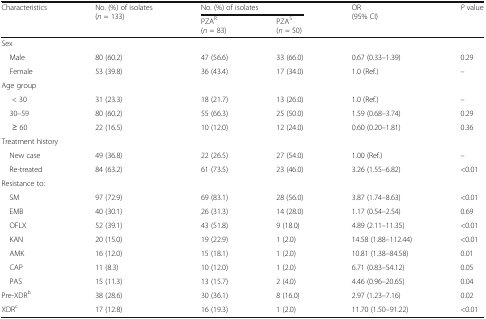
<table><thead><tr><td rowspan="2"><b>Characteristics</b></td><td rowspan="2"><b>No. (%) of isolates(<i>n</i> = 133)</b></td><td colspan="2"><b>No. (%) of isolates</b></td><td rowspan="2"><b>OR(95% CI)</b></td><td rowspan="2"><b><i>P</i> value</b></td></tr><tr><td><b>PZA<sup>R</sup>(<i>n</i> = 83)</b></td><td><b>PZA<sup>S</sup>(<i>n</i> = 50)</b></td></tr></thead><tbody><tr><td colspan="6">Sex</td></tr><tr><td> Male</td><td>80 (60.2)</td><td>47 (56.6)</td><td>33 (66.0)</td><td>0.67 (0.33–1.39)</td><td>0.29</td></tr><tr><td> Female</td><td>53 (39.8)</td><td>36 (43.4)</td><td>17 (34.0)</td><td>1.0 (Ref.)</td><td>–</td></tr><tr><td colspan="6">Age group</td></tr><tr><td>&lt; 30</td><td>31 (23.3)</td><td>18 (21.7)</td><td>13 (26.0)</td><td>1.0 (Ref.)</td><td>–</td></tr><tr><td> 30–59</td><td>80 (60.2)</td><td>55 (66.3)</td><td>25 (50.0)</td><td>1.59 (0.68–3.74)</td><td>0.29</td></tr><tr><td>≥ 60</td><td>22 (16.5)</td><td>10 (12.0)</td><td>12 (24.0)</td><td>0.60 (0.20–1.81)</td><td>0.36</td></tr><tr><td colspan="6">Treatment history</td></tr><tr><td> New case</td><td>49 (36.8)</td><td>22 (26.5)</td><td>27 (54.0)</td><td>1.00 (Ref.)</td><td>–</td></tr><tr><td> Re-treated</td><td>84 (63.2)</td><td>61 (73.5)</td><td>23 (46.0)</td><td>3.26 (1.55–6.82)</td><td>&lt;0.01</td></tr><tr><td colspan="6">Resistance to:</td></tr><tr><td> SM</td><td>97 (72.9)</td><td>69 (83.1)</td><td>28 (56.0)</td><td>3.87 (1.74–8.63)</td><td>&lt;0.01</td></tr><tr><td> EMB</td><td>40 (30.1)</td><td>26 (31.3)</td><td>14 (28.0)</td><td>1.17 (0.54–2.54)</td><td>0.69</td></tr><tr><td> OFLX</td><td>52 (39.1)</td><td>43 (51.8)</td><td>9 (18.0)</td><td>4.89 (2.11–11.35)</td><td>&lt;0.01</td></tr><tr><td> KAN</td><td>20 (15.0)</td><td>19 (22.9)</td><td>1 (2.0)</td><td>14.58 (1.88–112.44)</td><td>&lt;0.01</td></tr><tr><td> AMK</td><td>16 (12.0)</td><td>15 (18.1)</td><td>1 (2.0)</td><td>10.81 (1.38–84.58)</td><td>0.01</td></tr><tr><td> CAP</td><td>11 (8.3)</td><td>10 (12.0)</td><td>1 (2.0)</td><td>6.71 (0.83–54.12)</td><td>0.05</td></tr><tr><td> PAS</td><td>15 (11.3)</td><td>13 (15.7)</td><td>2 (4.0)</td><td>4.46 (0.96–20.65)</td><td>0.04</td></tr><tr><td>Pre-XDR<sup>b</sup></td><td>38 (28.6)</td><td>30 (36.1)</td><td>8 (16.0)</td><td>2.97 (1.23–7.16)</td><td>0.02</td></tr><tr><td>XDR<sup>c</sup></td><td>17 (12.8)</td><td>16 (19.3)</td><td>1 (2.0)</td><td>11.70 (1.50–91.22)</td><td>&lt;0.01</td></tr></tbody></table>